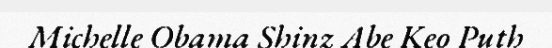
Michelle Obama Shinz Abe Keo Puth